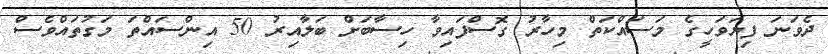
ދެވަނަ ފިޔަވަހީގެ މަސައްކަތް މިހާރު ގޮސްފައިވާ ހިސާބަށް ބަލާއިރު 50 އިންސައްތަ މަގުތައްވެސް